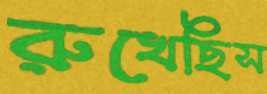
রুখেছিস